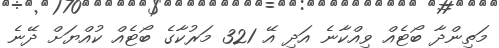
މަތިންދާ ބޯޓެއް ވިއްކާނެ އަދި އޭ 321 މަރުކާގެ ބޯޓެއް ކުއްޔަށް ދޭނެ